Source: Handwritten
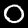
Digit: ၀ (0)